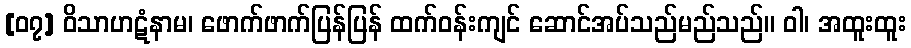
[၀၇] ဝိသာဟဋံနာမ၊ ဖောက်ဖာက်ပြန်ပြန် ထက်ဝန်းကျင် ဆောင်အပ်သည်မည်သည်။ ဝါ၊ အထူးထူး